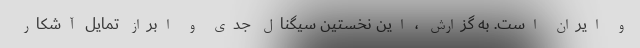
و ایران است. به گزارش ، این نخستین سیگنال جدی و ابراز تمایل آشکار